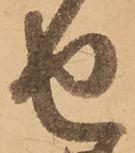
せ